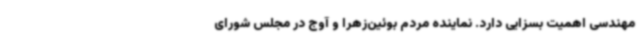
مهندسی اهمیت بسزایی دارد. نماینده مردم بوئین‌زهرا و آوج در مجلس شورای